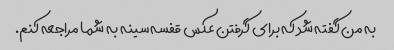
به من گفته شد که برای گرفتن عکس قفسه سینه به شما مراجعه کنم.